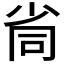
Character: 𡭸